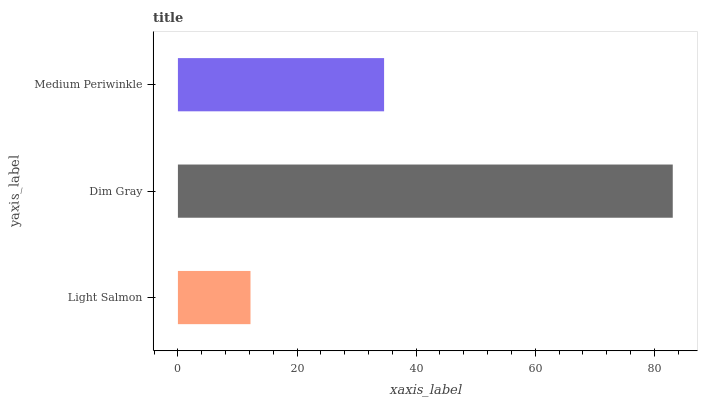
| yaxis_label | bars |
 | --- | --- |
 | Light Salmon | 12.2 |
 | Dim Gray | 83.1 |
 | Medium Periwinkle | 34.6 |